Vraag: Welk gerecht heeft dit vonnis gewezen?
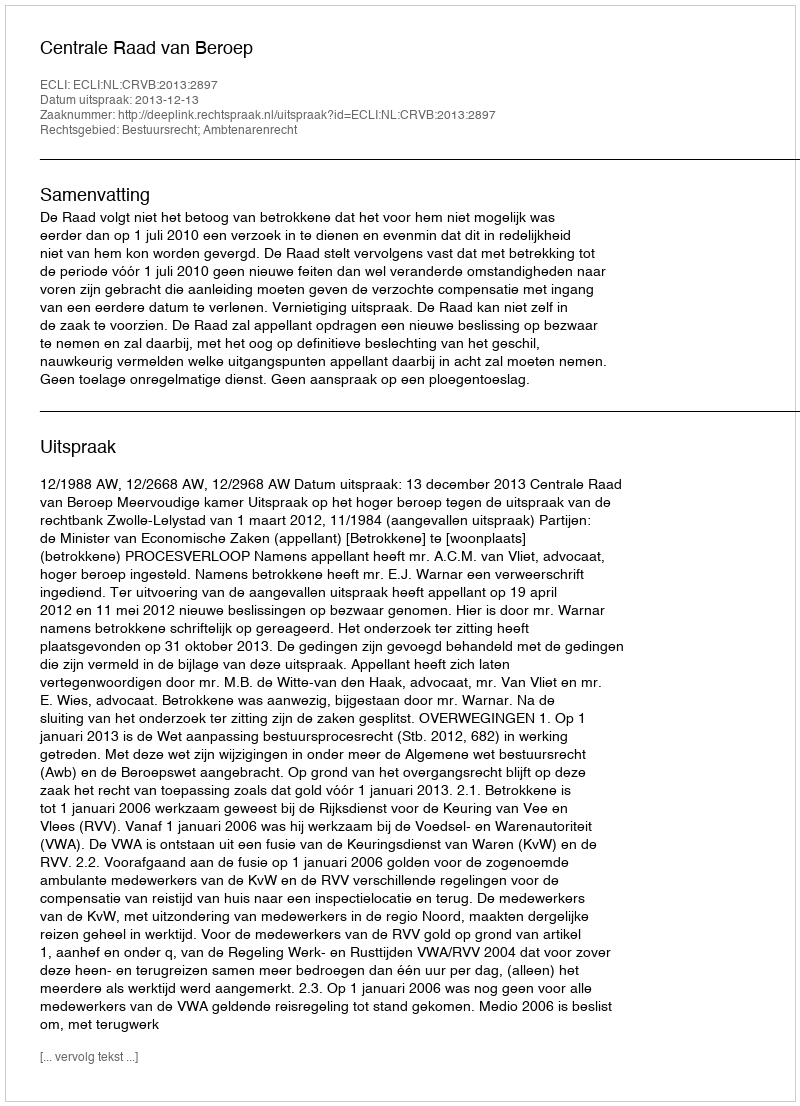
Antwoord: Centrale Raad van Beroep